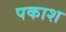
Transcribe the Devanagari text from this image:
पकाश